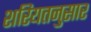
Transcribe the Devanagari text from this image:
शरियतनुसार